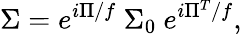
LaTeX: \Sigma=e^{i\Pi/f}\ \Sigma_{0}\ e^{i\Pi^{T}/f},